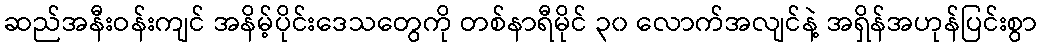
ဆည်အနီးဝန်းကျင် အနိမ့်ပိုင်းဒေသတွေကို တစ်နာရီမိုင် ၃၀ လောက်အလျင်နဲ့ အရှိန်အဟုန်ပြင်းစွာ